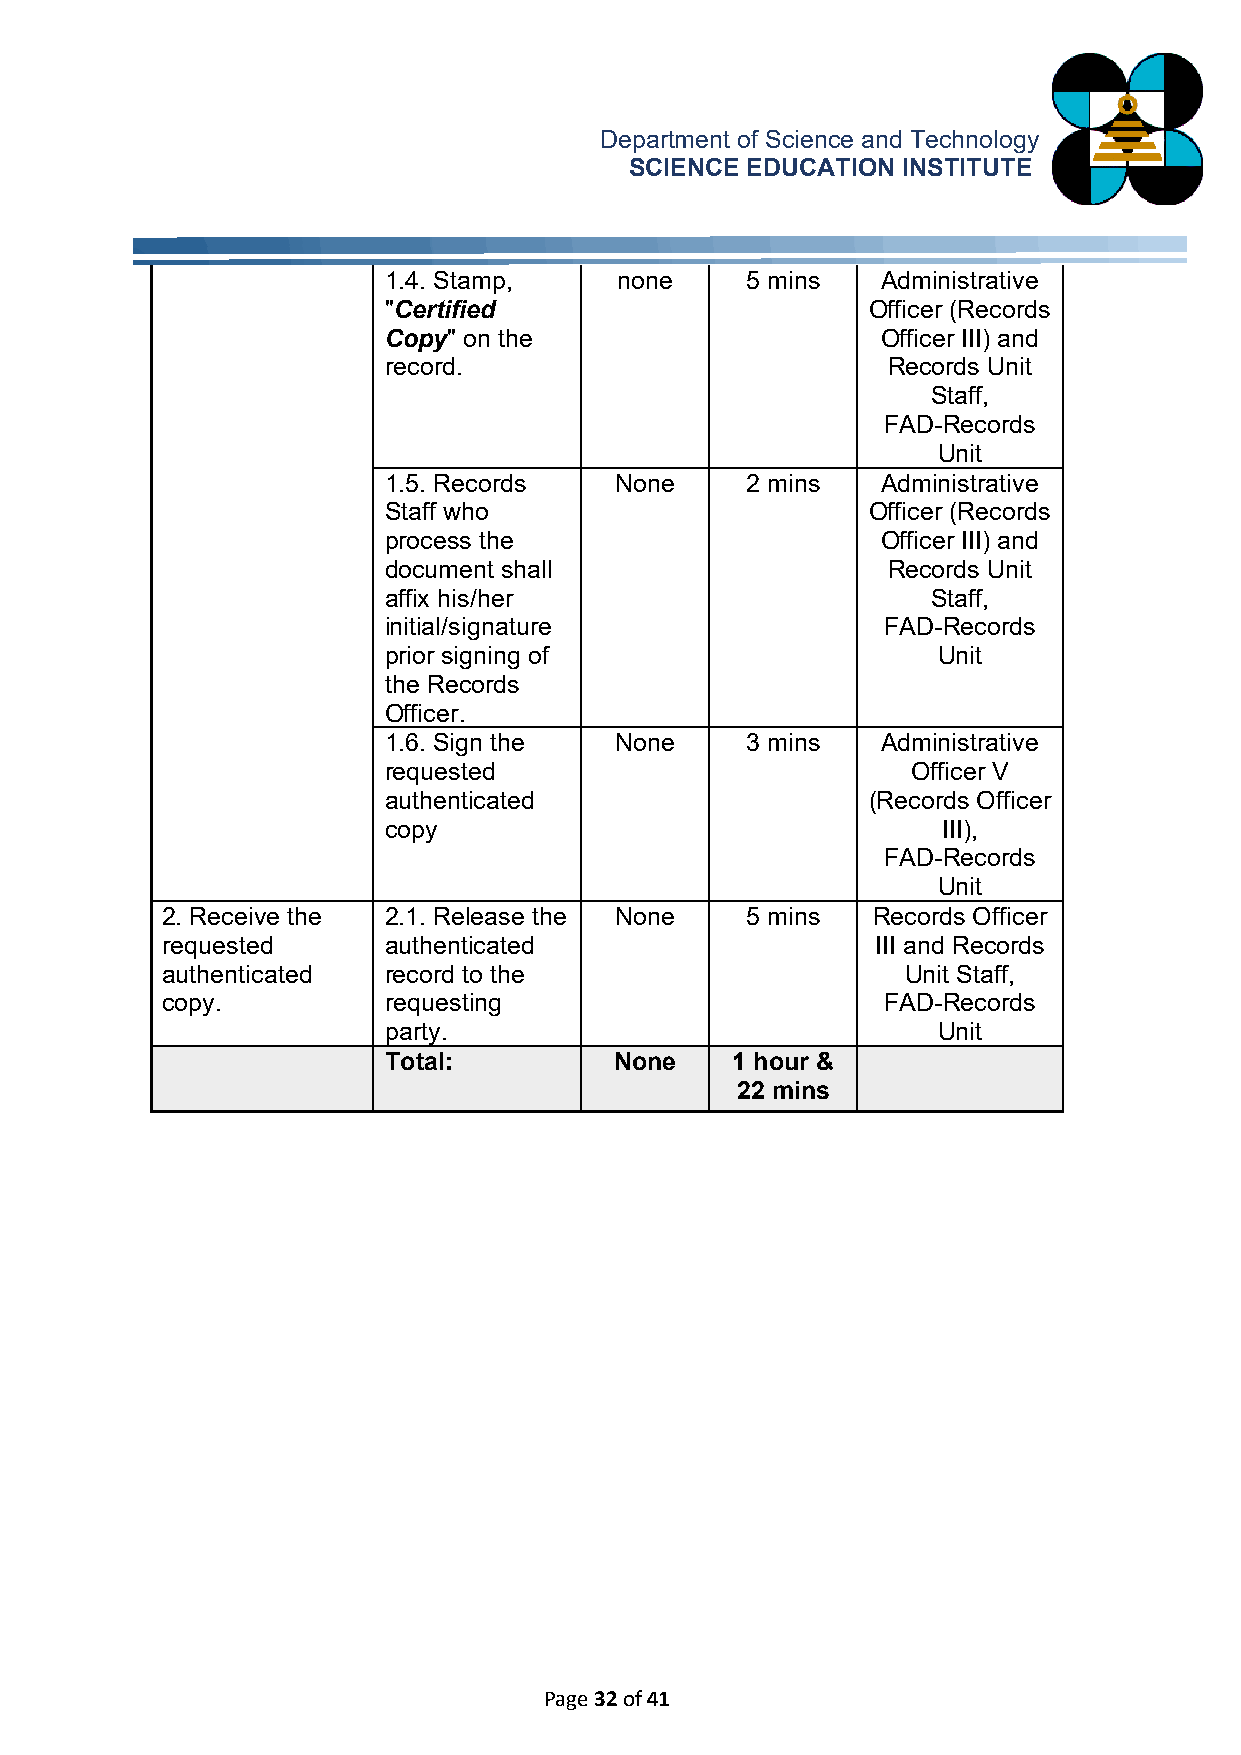
Department of Science and Technology
 SCIENCE EDUCATION INSTITUTE
 1.4. Stamp,     none    5 mins   Administrative
 "Certified                      Officer (Records
 Copy" on the                     Officer III) and
 record.                           Records Unit
 Staff,
 FAD-Records
 Unit
 1.5. Records    None    2 mins   Administrative
 Staff who                       Officer (Records
 process the                      Officer III) and
 document shall                    Records Unit
 affix his/her                        Staff,
 initial/signature                 FAD-Records
 prior signing of                     Unit
 the Records
 Officer.
 1.6. Sign the   None    3 mins   Administrative
 requested                          Officer V
 authenticated                   (Records Officer
 copy                                 III),
 FAD-Records
 Unit
 2. Receive the 2.1. Release the None  5 mins   Records Officer
 requested     authenticated                    III and Records
 authenticated record to the                      Unit Staff,
 copy.         requesting                        FAD-Records
 party.                               Unit
 Total:          None   1 hour &
 22 mins
 Page 32 of 41